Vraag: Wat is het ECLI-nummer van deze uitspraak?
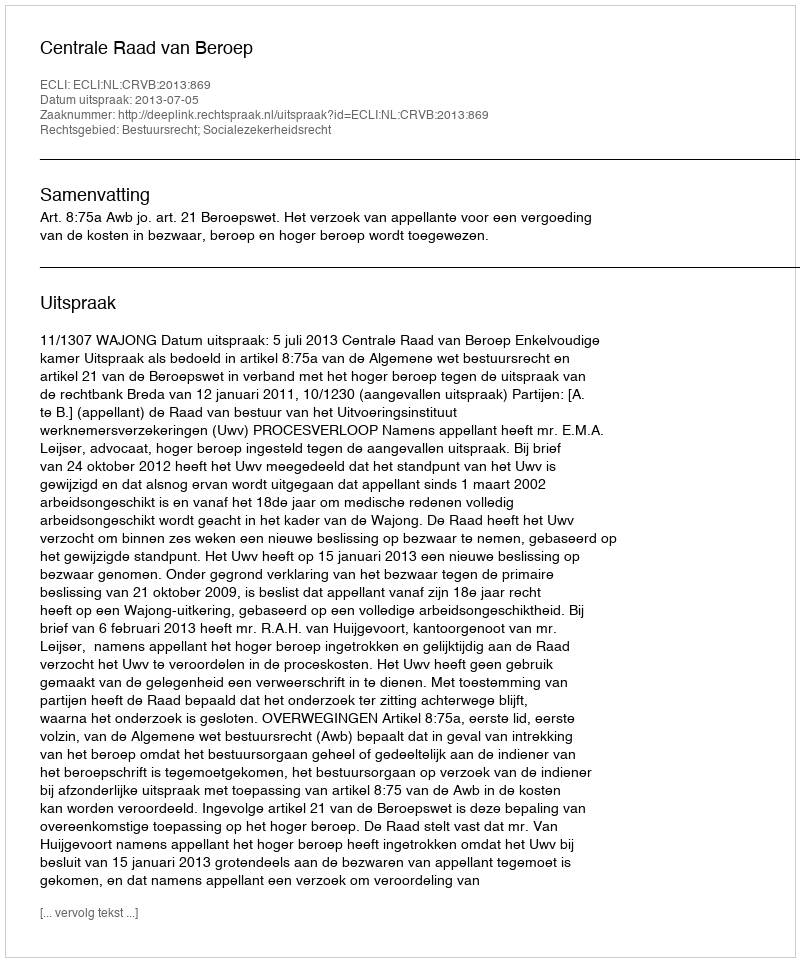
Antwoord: ECLI:NL:CRVB:2013:869